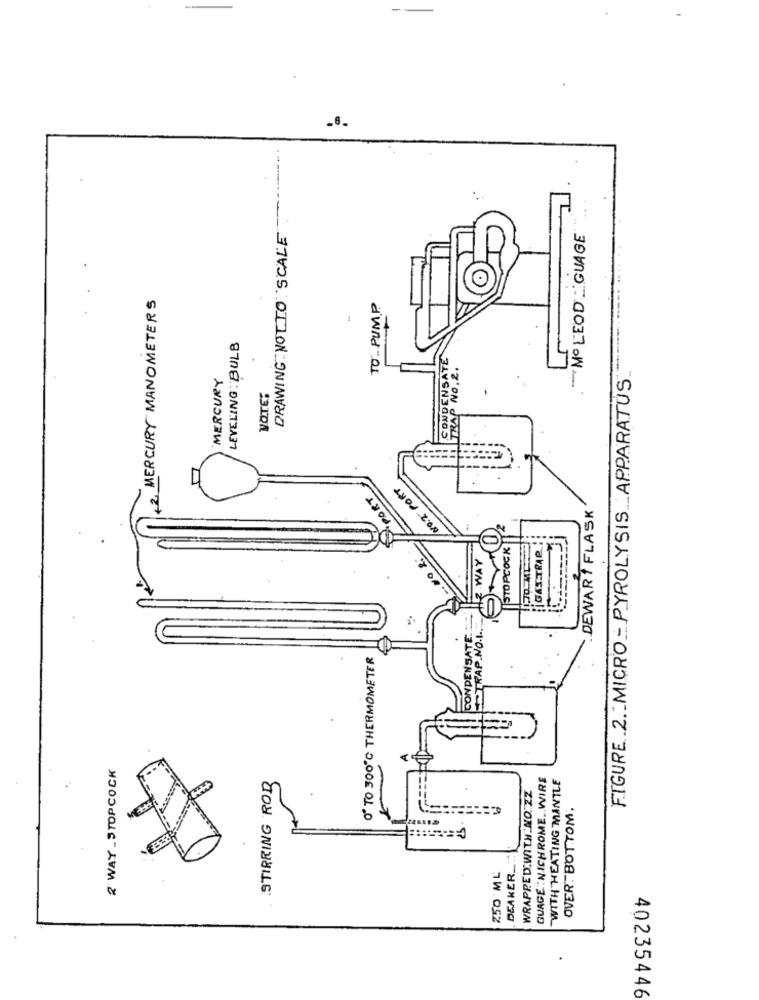
DRAWING NOTTO SCALE
- MOLEOD :GUAGE
MERCURY MANOMETERS
TO_ PUMP
LEVELING : BULB
MERCURY
FIGURE .2."MICRO - PYROLYSIS_APPARATUS.
CONDEN
TRAP NO
VOTE:
21
80.2 PORT
PORT
DEWART FLASK
STOPCOCK
GAS.TRAP
WAY
20
CONDENSATE .= "
OR TO 300℃ THERMOMETER
2 WAY _ STOPCOCK
STIRRING ROB
GUAGE: NICHROME WIRE
WITH HEATING MANTLE
WRAPPED WITH:NO.ZZ
OVER BOTTOM.
DEAKER_
250 ML
40235446